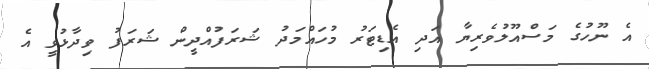
އެ ނޫހުގެ މަސްއޫލުވެރިޔާ އަދި އެޑިޓަރު މުހައްމަދު ޝަރަފުއްދީން ޝަރަފު ވިދާޅުވީ އެ